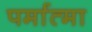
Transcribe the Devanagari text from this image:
पर्मात्मा